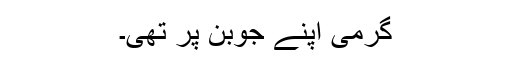
گرمی اپنے جوبن پر تھی۔